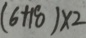
( 6 + 1 8 ) \times 2